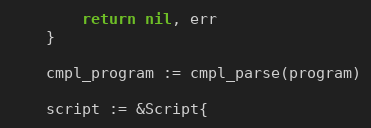
Language: Go
		return nil, err
	}

	cmpl_program := cmpl_parse(program)

	script := &Script{